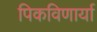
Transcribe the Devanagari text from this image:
पिकविणार्या